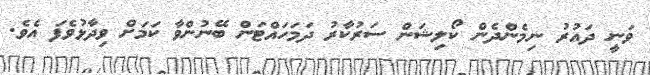
ވަނީ ދައުރު ނިމެންދެން ކޯލިޝަން ސަރުކާރު ދަމަހައްޓަން ބޭނުންވާ ކަމަށް ވިދާޅުވެފަ އެވެ.